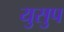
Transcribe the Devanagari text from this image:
युसुप